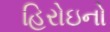
હિરોઇનો